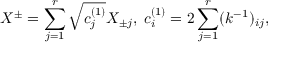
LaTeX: X ^ { \pm } = \sum _ { j = 1 } ^ { r } \sqrt { c _ { j } ^ { ( 1 ) } } X _ { \pm j } , \; c _ { i } ^ { ( 1 ) } = 2 \sum _ { j = 1 } ^ { r } ( k ^ { - 1 } ) _ { i j } ,